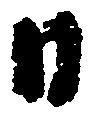
日